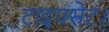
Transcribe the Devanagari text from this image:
टाइपसेट।